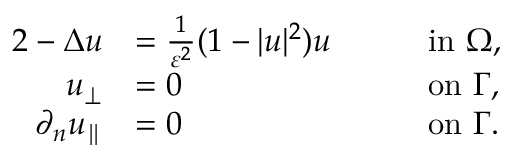
\begin{array} { r l r l } { { 2 } - \Delta u } & { = \frac { 1 } { \varepsilon ^ { 2 } } ( 1 - | u | ^ { 2 } ) u \quad } & & { \mathrm { i n } \ \Omega , } \\ { u _ { \perp } } & { = 0 \quad } & & { \mathrm { o n } \ \Gamma , } \\ { \partial _ { n } u _ { \parallel } } & { = 0 \quad } & & { \mathrm { o n } \ \Gamma . } \end{array}